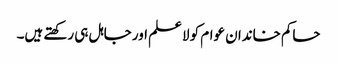
حاکم خاندان عوام کو لاعلم اور جاہل ہی رکھتے ہیں۔